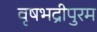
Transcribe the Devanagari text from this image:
वृषभद्रीपुरम